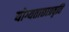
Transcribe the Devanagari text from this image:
योग्यताछात्रवृत्ति